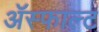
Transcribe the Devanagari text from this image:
ॲस्फाल्ट